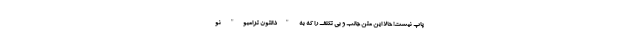
پاپ نیست! حالا این متن جالب و بی تکلف را که به "دالتون ترامبو" نو